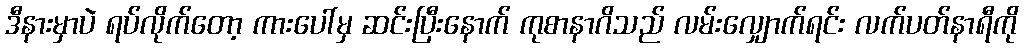
ဒီနားမှာပဲ ရပ်လိုက်တော့ ကားပေါ်မှ ဆင်းပြီးနောက် ကုစာနာဂိသည် လမ်းလျှောက်ရင်း လက်ပတ်နာရီကို